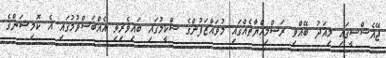
ޖޭއެސްސީގައި މިއަދު ބޭއްވި ރަސްމިއްޔާތެއްގައި މުވައްޒަފުންގެ ސްކީމުގައި ބައިވެރިވި އެއްބަސްވުމުގައި އެ ކޮމިޝަންގެ